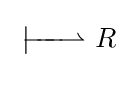
\;{\overset {\textstyle }{\underset {\textstyle }{|\!\!\!-\!\!\!-\!\!\!-\!\!\!\rightharpoonup }}}\ R